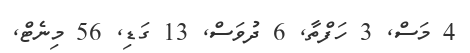
4 މަސް